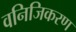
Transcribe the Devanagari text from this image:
वनिजिकरण